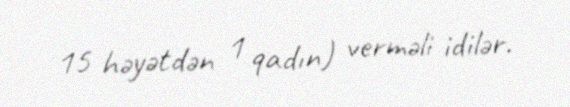
15 həyətdən 1 qadın) verməli idilər.